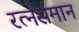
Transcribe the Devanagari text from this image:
रत्‍नसमान